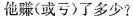
他赚(或亏)了多少?